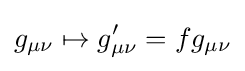
g_{\mu \nu }\mapsto g'_{\mu \nu }=fg_{\mu \nu }